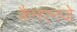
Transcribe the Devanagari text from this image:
कैनएनजे